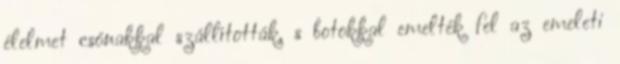
élelmet csónakkal szállították, s botokkal emelték fel az emeleti